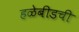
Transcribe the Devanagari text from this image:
हळेबीडची